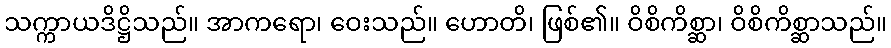
သက္ကာယဒိဋ္ဌိသည်။ အာကရော၊ ဝေးသည်။ ဟောတိ၊ ဖြစ်၏။ ဝိစိကိစ္ဆာ၊ ဝိစိကိစ္ဆာသည်။